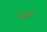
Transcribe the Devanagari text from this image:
कनूनों